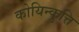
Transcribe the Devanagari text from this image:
कोयिन्कुत्ति